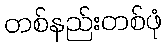
တစ်နည်းတစ်ဖုံ